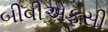
બીવીએફસી